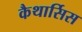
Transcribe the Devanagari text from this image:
कैथार्सिस